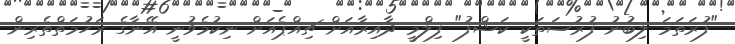
"ފުރަތަމަ ލިބުނު ފުރުސަތަކީ ކަޝްފު" ފިލްމީ ދާއިރާއަށް ޗިއްޕެއަށް ނިކުމެވުނީ އޭނާގެ ރަހުމަތްތެރިން